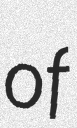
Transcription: of